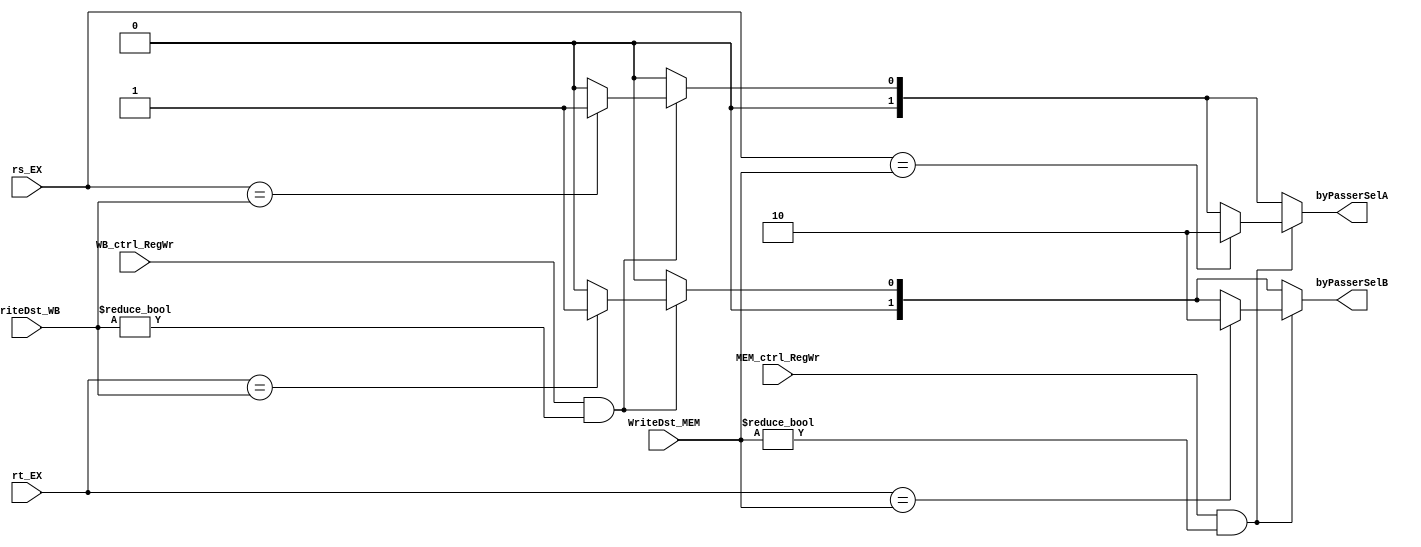
module byPasser ( WriteDst_MEM, WriteDst_WB,
	rs_EX, rt_EX,
	MEM_ctrl_RegWr, WB_ctrl_RegWr,
	byPasserSelA, byPasserSelB
	);

	input	[4:0]	WriteDst_MEM;
	input	[4:0]	WriteDst_WB;
	input	[4:0]	rs_EX;
	input	[4:0]	rt_EX;
	input			MEM_ctrl_RegWr;
	input			WB_ctrl_RegWr;
	
	output	[1:0]	byPasserSelA;
	output	[1:0]	byPasserSelB;

	reg [1:0]	byPasserSelA;
	reg	[1:0]	byPasserSelB;
  	
	always @(*) begin
	byPasserSelA = 2'b00;
	byPasserSelB = 2'b00;
	
	//WB
	if (WB_ctrl_RegWr && WriteDst_WB != 0)
		begin
		if (rs_EX == WriteDst_WB)
			byPasserSelA = 2'b01;
		
		if (rt_EX == WriteDst_WB)
			byPasserSelB = 2'b01;
		end
	//MEM
	if (MEM_ctrl_RegWr && WriteDst_MEM != 0)
		begin
		if (rs_EX == WriteDst_MEM)
			byPasserSelA = 2'b10;

		if (rt_EX == WriteDst_MEM)
			byPasserSelB = 2'b10;
		end

	end
endmodule